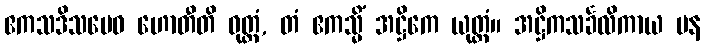
ဧကသဒိသမေဝ ဟောတီတိ ဝုတ္တံ, တံ ဧကသ္မိံ အဋ္ဌိကေ ယုတ္တံ။ အဋ္ဌိကသင်္ခလိကာယ ပန